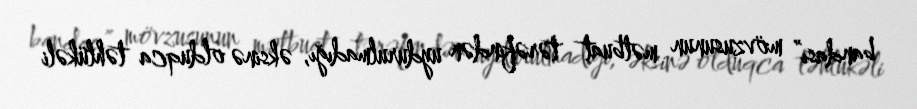
bandası” mövzusunun mətbuat tərəfindən uydurulmadığı, əksinə olduqca təhlükəli